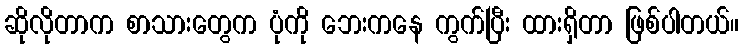
ဆိုလိုတာက စာသားတွေက ပုံကို ဘေးကနေ ကွက်ပြီး ထားရှိတာ ဖြစ်ပါတယ်။